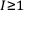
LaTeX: \scriptstyle { I \geq 1 }